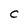
Character: C